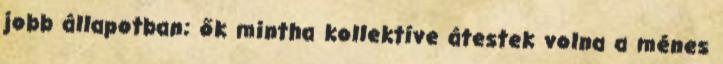
jobb állapotban; ők mintha kollektíve átestek volna a ménes